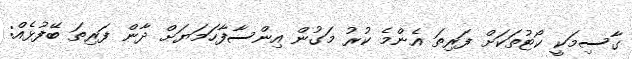
ގާސިމަކީ ކޯޓުތަކަށް ފަރިތަ އެންމެ ކުރު މަގުން އިންސާފާހަމަޔަށް ދާން ފަރިތަ ބޭފުޅެއް: